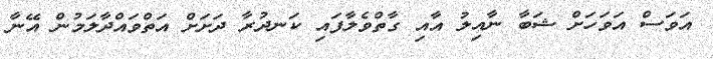
އަވަސް އަވަހަށް ޝަބާ ނާއިލު އާއި ގާތްވެލާފައި ކަނދުރާ ދަށަށް އަތްވައްދާލަމުން އޭނާ